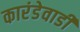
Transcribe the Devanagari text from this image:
कारंडेवाडी